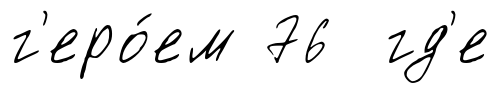
г'еро́ем 76 гд'е